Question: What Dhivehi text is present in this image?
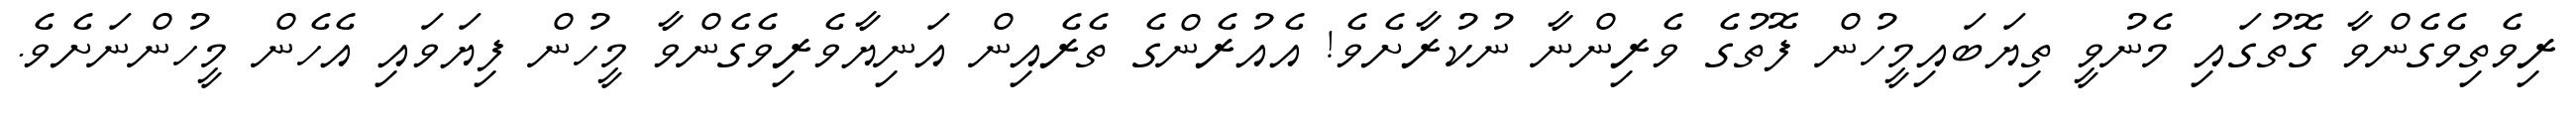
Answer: ރިވެތިވެގެންވާ ގޮތުގައި މެނުވީ ތިޔަބައިމީހުން ފޮތުގެ ވެރިންނާ ނުކުރާށެވެ! އެއުރެންގެ ތެރެއިން އަނިޔާވެރިވެގެންވާ މީހުން ފިޔަވައި އެހެން މީހުންނަށެވެ.